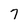
Character: 7